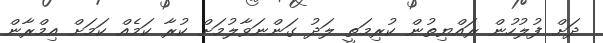
ދަށް ފުލުހުން ރައްޔިތުން ކުރިމަތީ ލަދު ގަންނަވާލުމަށް ކުރާ ކަމެއް ކަމަށް އިމްރާން